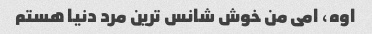
اوه، امی من خوش شانس ترین مرد دنیا هستم